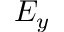
E _ { y }